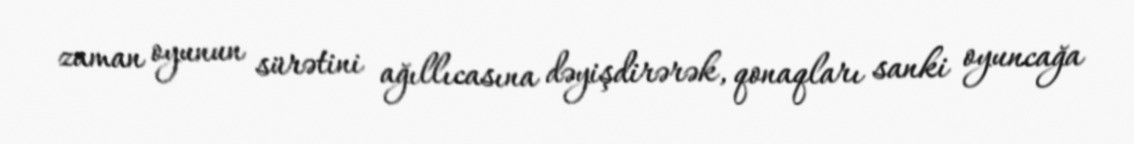
zaman oyunun sürətini ağıllıcasına dəyişdirərək, qonaqları sanki oyuncağa